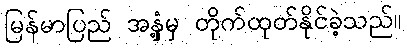
မြန်မာပြည် အနှံ့မှ တိုက်ထုတ်နိုင်ခဲ့သည်။